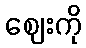
ဈေးကို